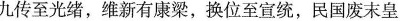
九传至光绪，维新有康梁，换位至宣统，民国废末皇，